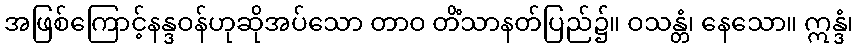
အဖြစ်ကြောင့်နန္ဒဝန်ဟုဆိုအပ်သော တာဝ တိံသာနတ်ပြည်၌။ ဝသန္တံ၊ နေသော။ ဣန္ဒံ၊